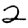
Digit: 2